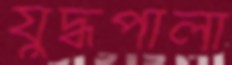
যুদ্ধপালা